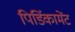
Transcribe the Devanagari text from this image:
पिर्डिकामेंट